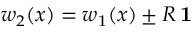
w _ { 2 } ( x ) = w _ { 1 } ( x ) \pm R \, \mathbf { 1 }